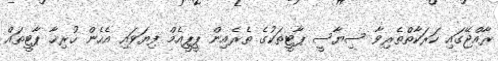
ރާއްޖޭގައި ހަރަކާތްތެރިވާ ސިޔާސީ ޕާޓީތަކުގެ ތެރެއިން ޕީޕީއެމް ފިޔަވައި އެހެން ހުރިހާ ޕާޓީތައް